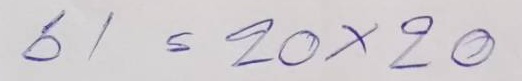
61 = 20 x 20